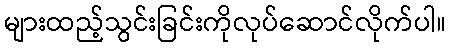
များထည့်သွင်းခြင်းကိုလုပ်ဆောင်လိုက်ပါ။